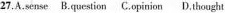
27.A.sense B.question C.opinion D.thought